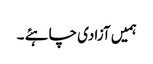
ہمیں آزادی چاہئے ۔